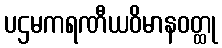
ပဌမကရဏီယဝိမာနဝတ္ထု